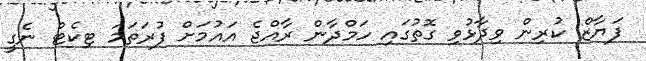
ފަޔާޒް ކުރިން ވިދާޅުވި ގޮތުގައި ހަމްދާން ރާއްޖެ އައުމަށް ފުރަތަމަ ޓިކެޓް ނެގީ